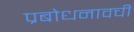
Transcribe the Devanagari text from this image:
प्रबोधनावची